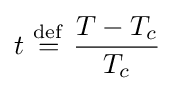
t\ {\stackrel {\mathrm {def} }{=}}\ {\frac {T-T_{c}}{T_{c}}}